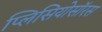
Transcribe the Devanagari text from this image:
प्लिसियोसॉरस